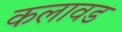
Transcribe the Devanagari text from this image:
कलावड